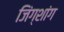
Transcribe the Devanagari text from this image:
जिंग्शांग